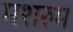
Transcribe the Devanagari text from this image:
मशरुम